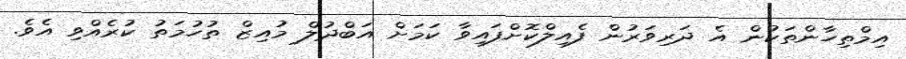
އިމްތިހާންތަކުން އެ ދަރިވަރުން ފެއިލްކޮށްފައިވާ ކަމަށް އަބްދުލް މުއިޒް ތުހުމަތު ކުރެއްވި އެވެ.